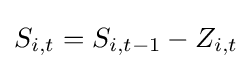
S_{i,t}=S_{i,t-1}-Z_{i,t}